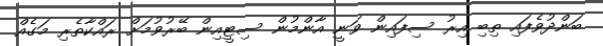
ބަންދުވެފައި ތިބި އިރު ސިފައިން ވަނީ އާންމުން ސިޓީއިން ބޭރުވުމަށް ރައްކާތެރި މަގެއް